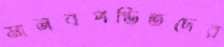
মানবপণ্ডিতদের